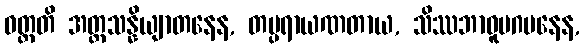
ဝတ္တတိ အတ္တသန္နိယျာတနေန, တပ္ပရာယဏတာယ, သိဿဘာဝူပဂမနေန,